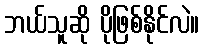
ဘယ်သူဆို ပိုဖြစ်နိုင်လဲ။